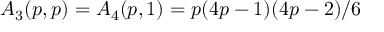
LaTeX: A _ { 3 } ( p , p ) = A _ { 4 } ( p , 1 ) = p ( 4 p - 1 ) ( 4 p - 2 ) / 6